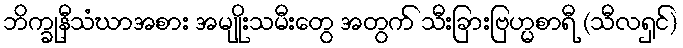
ဘိက္ခုနီသံဃာအစား အမျိုးသမီးတွေ အတွက် သီးခြားဗြဟ္မစာရီ (သီလရှင်)